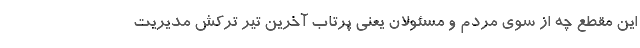
این مقطع چه از سوی مردم و مسئولان یعنی پرتاب آخرین تیر ترکش مدیریت